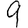
Digit: 9